Report of the Indian Hemp Drugs Commission, 1894-1895 - Volume III
Year: 1894
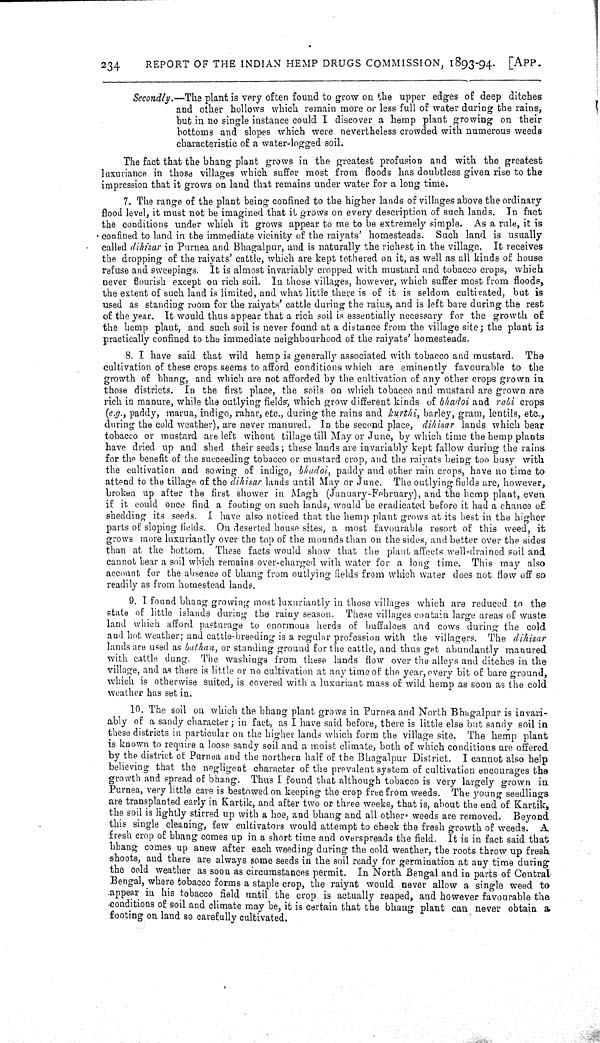
234
REPORT OF THE INDIAN HEMP DRUGS COMMISSION, 1893-94. [APP.
Secondly.—The plant is very often found to grow on the upper edges of deep ditches
and other hollows which remain more or less full of water during the rains,
but in no single instance could I discover a hemp plant growing on their
bottoms and slopes which were nevertheless crowded with numerous weeds
characteristic of a water-logged soil.
The fact that the bhang plant grows in the greatest profusion and with the greatest
luxuriance in those villages which suffer most from floods has doubtless given rise to the
impression that it grows on land that remains under water for a long time.
7. The range of the plant being confined to the higher lands of villages above the ordinary
flood level, it must not be imagined that it grows on every description of such lands. In fact
the conditions under which it grows appear to me to be extremely simple. As a rule, it is
confined to land in the immediate vicinity of the raiyats' homesteads. Such land is usually
called dihisar in Purnea and Bhagalpur, and is naturally the richest in the village. It receives
the dropping of the raiyats' cattle, which are kept tethered on it, as well as all kinds of house
refuse and sweepings. It is almost invariably cropped with mustard and tobacco crops, which
never flourish except on rich soil. In those villages, however, which suffer most from floods,
the extent of such land is limited, and what little there is of it is seldom cultivated, but is
used as standing room for the raiyats' cattle during the rains, and is left bare during the rest
of the year. It would thus appear that a rich soil is essentially necessary for the growth of
the hemp plant, and such soil is never found at a distance from the village site; the plant is
practically confined to the immediate neighbourhood of the raiyats' homesteads.
8. I have said that wild hemp is generally associated with tobacco and mustard. The
cultivation of these crops seems to afford conditions which are eminently favourable to the
growth of bhang, and which are not afforded by the cultivation of any other crops grown in
those districts. In the first place, the soils on which tobacco and mustard are grown are
rich in manure, while the outlying fields, which grow different kinds of bhadoi and rabi crops
(e.g., paddy, marua, indigo, rahar, etc., during the rains and kurthi, barley, gram, lentils, etc.,
during the cold weather), are never manured. In the second place, dihisar lands which bear
tobacco or mustard are left wihout tillage till May or June, by which time the hemp plants
have dried up and shed their seeds; these lands are invariably kept fallow during the rains
for the benefit of the succeeding tobacco or mustard crop, and the raiyats being too busy with
the cultivation and sowing of indigo, bhadoi, paddy and other rain crops, have no time to
attend to the tillage of the dihisar lands until May or June. The outlying fields are, however,
broken up after the first shower in Magh (January-February), and the hemp plant, even
if it could once find a footing on such lands, would be eradicated before it had a chance of
shedding its seeds. I have also noticed that the hemp plant grows at its best in the higher
parts of sloping fields. On deserted house sites, a most favourable resort of this weed, it
grows more luxuriantly over the top of the mounds than on the sides, and better over the sides
than at the bottom. These facts would show that the plant affects well-drained soil and
cannot bear a soil which remains over-charged with water for a long time. This may also
account for the absence of bhang from outlying fields from which water does not flow off so
readily as from homestead lands.
9. I found bhang growing most luxuriantly in those villages which are reduced to the
state of little islands during the rainy season. These villages contain large areas of waste
land which afford pasturage to enormous herds of buffaloes and cows during the cold
and hot weather; and cattle-breeding is a regular profession with the villagers. The dihisar
lands are used as buthan, or standing ground for the cattle, and thus get abundantly manured
with cattle dung. The washings from these lands flow over the alleys and ditches in the
village, and as there is little or no cultivation at any time of the year, every bit of bare ground,
which is otherwise suited, is covered with a luxuriant mass of wild hemp as soon as the cold
weather has set in.
10. The soil on which the bhang plant grows in Purnea and North Bhagalpur is invari-
ably of a sandy character; in fact, as I have said before, there is little else but sandy soil in
these districts in particular on the higher lands which form the village site. The hemp plant
is known to require a loose sandy soil and a moist climate, both of which conditions are offered
by the district of Purnea and the northern half of the Bhagalpur District. I cannot also help
believing that the negligent character of the prevalent system of cultivation encourages the
growth and spread of bhang. Thus I found that although tobacco is very largely grown in
Purnea, very little care is bestowed on keeping the crop free from weeds. The young seedlings
are transplanted early in Kartik, and after two or three weeks, that is, about the end of Kartik,
the soil is lightly stirred up with a hoe, and bhang and all other. weeds are removed. Beyond
this single cleaning, few cultivators would attempt to check the fresh growth of weeds. A
fresh crop of bhang comes up in a short time and overspreads the field. It is in fact said that
bhang comes up anew after each weeding during the cold weather, the roots throw up fresh
shoots, and there are always some seeds in the soil ready for germination at any time during
the cold weather as soon as circumstances permit. In North Bengal and in parts of Central
Bengal, where tobacco forms a staple crop, the raiyat would never allow a single weed to
appear in his tobacco field until the crop is actually reaped, and however favourable the
conditions of soil and climate may be, it is certain that the bhang plant can never obtain a
footing on land so carefully cultivated.